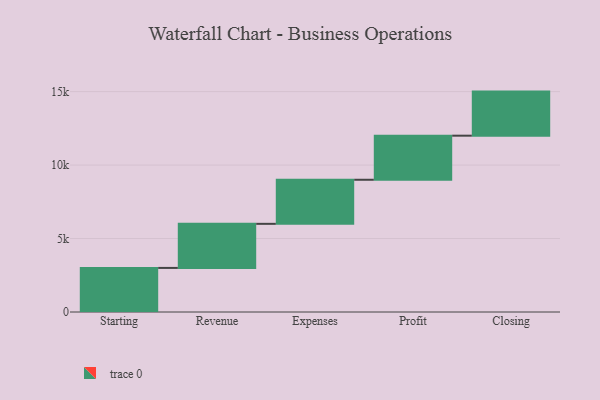
{"axis": {"x": "Step", "y": "Value"}, "legend": [""], "data": [{"x": "Starting", "y": 3000, "type": ""}, {"x": "Revenue", "y": 3000, "type": ""}, {"x": "Expenses", "y": 3000, "type": ""}, {"x": "Profit", "y": 3000, "type": ""}, {"x": "Closing", "y": 3000, "type": ""}]}